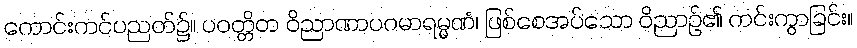
ကောင်းကင်ပညတ်၌။ ပဝတ္တိတ ဝိညာဏာပဂမာရမ္မဏံ၊ ဖြစ်စေအပ်သော ဝိညာဉ်၏ ကင်းကွာခြင်း။